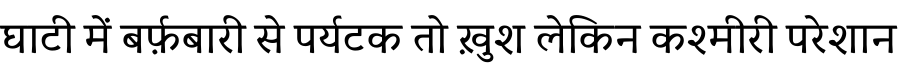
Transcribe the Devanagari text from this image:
घाटी में बर्फ़बारी से पर्यटक तो ख़ुश लेकिन कश्मीरी परेशान